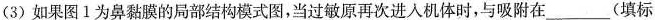
(3)如果图1为鼻黏膜的局部结构模式图，当过缴原再次进入机体时，与吸附在 (填标